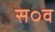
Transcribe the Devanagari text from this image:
स०व